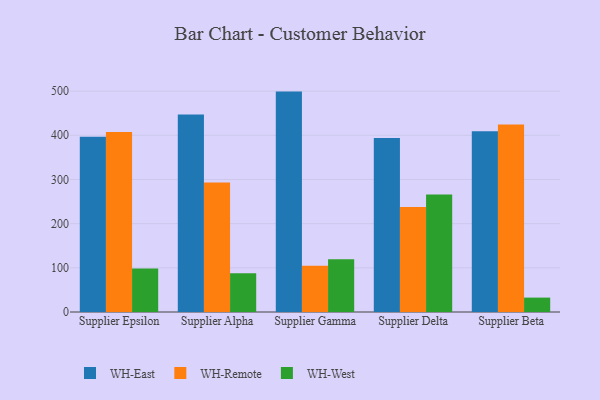
{"axis": {"x": "Supplier", "y": "Gross Profit (USD K)"}, "legend": ["WH-East", "WH-Remote", "WH-West"], "data": [{"x": "Supplier Epsilon", "y": 396.8, "type": "WH-East"}, {"x": "Supplier Epsilon", "y": 407.5, "type": "WH-Remote"}, {"x": "Supplier Epsilon", "y": 98.6, "type": "WH-West"}, {"x": "Supplier Alpha", "y": 447.3, "type": "WH-East"}, {"x": "Supplier Alpha", "y": 292.9, "type": "WH-Remote"}, {"x": "Supplier Alpha", "y": 87.7, "type": "WH-West"}, {"x": "Supplier Gamma", "y": 498.9, "type": "WH-East"}, {"x": "Supplier Gamma", "y": 104.6, "type": "WH-Remote"}, {"x": "Supplier Gamma", "y": 119.3, "type": "WH-West"}, {"x": "Supplier Delta", "y": 393.7, "type": "WH-East"}, {"x": "Supplier Delta", "y": 237.7, "type": "WH-Remote"}, {"x": "Supplier Delta", "y": 265.8, "type": "WH-West"}, {"x": "Supplier Beta", "y": 409.0, "type": "WH-East"}, {"x": "Supplier Beta", "y": 424.2, "type": "WH-Remote"}, {"x": "Supplier Beta", "y": 32.6, "type": "WH-West"}]}